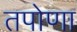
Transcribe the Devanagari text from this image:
तपोणा